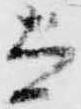
大